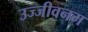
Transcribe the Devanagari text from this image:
उज्जीवनम